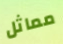
مماثل